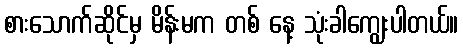
စားသောက်ဆိုင်မှ မိန်းမက တစ် နေ့ သုံးခါကျွေးပါတယ်။